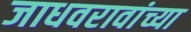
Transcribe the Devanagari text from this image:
जाधवरावांच्या